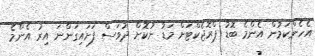
އެހެންކަމުން އެންމެ ބޮޑު ޕްރޮޖެކްޓަށް މަޑު ނުކޮށް ދުވަސް ފަށައިގަންނަ އިރު އެންމެ